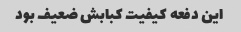
این دفعه کیفیت کبابش ضعیف بود